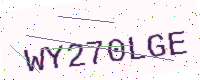
Text: WY270LGE